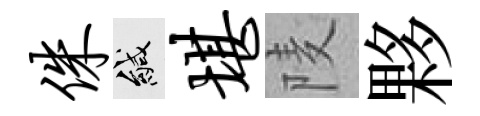
侏緘堪𨹧夥